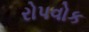
રોપવોક